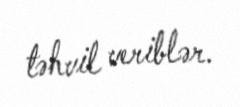
təhvil veriblər.